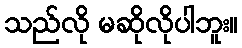
သည်လို မဆိုလိုပါဘူး။